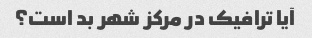
آیا ترافیک در مرکز شهر بد است؟